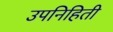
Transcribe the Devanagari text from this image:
उपनिहिती